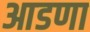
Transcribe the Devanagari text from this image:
आडणा